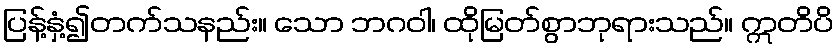
ပြန့်နှံ့၍တက်သနည်း။ သော ဘဂဝါ၊ ထိုမြတ်စွာဘုရားသည်။ ဣတိပိ